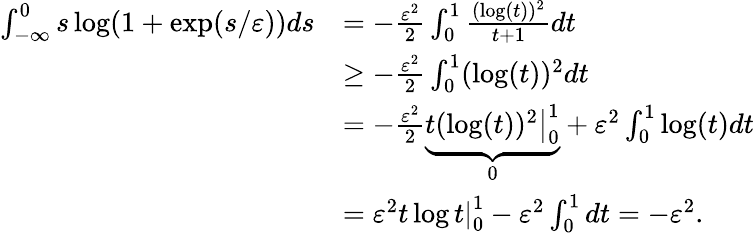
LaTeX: \begin{array}{rl}{\int_{-\infty}^{0}s\log(1+\exp(s/\varepsilon))ds}&{=-\frac{\varepsilon^{2}}{2}\int_{0}^{1}\frac{(\log(t))^{2}}{t+1}dt}\\ &{\ge-\frac{\varepsilon^{2}}{2}\int_{0}^{1}(\log(t))^{2}dt}\\ &{=-\frac{\varepsilon^{2}}{2}\underbrace{\left.t(\log(t))^{2}\right|_{0}^{1}}_{0}+\varepsilon^{2}\int_{0}^{1}\log(t)dt}\\ &{=\varepsilon^{2}\left.t\log t\right|_{0}^{1}-\varepsilon^{2}\int_{0}^{1}dt=-\varepsilon^{2}.}\end{array}